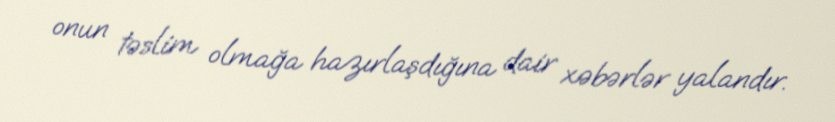
onun təslim olmağa hazırlaşdığına dair xəbərlər yalandır.